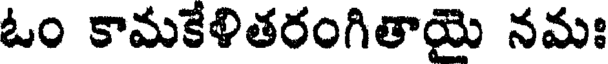
ఓం కామకేళితరంగితాయై నమః